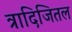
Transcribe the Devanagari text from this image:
त्रादिजितल